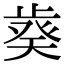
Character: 𣦌